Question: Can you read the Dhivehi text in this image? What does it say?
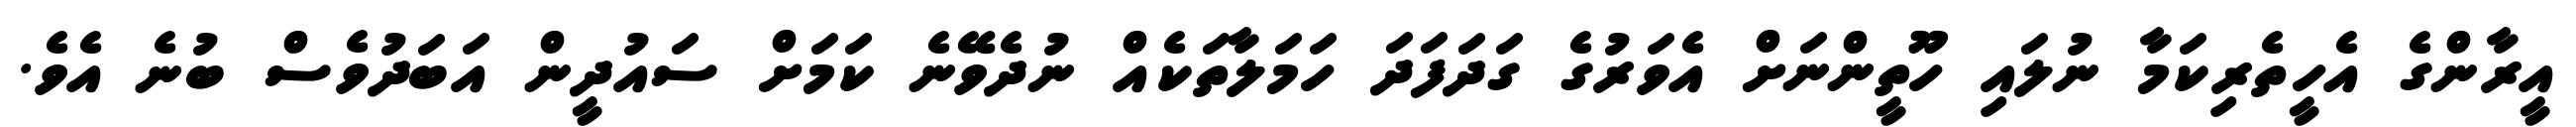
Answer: އީރާންގެ އެހީތެރިކަމާ ނުލައި ހޫތީންނަށް އެވަރުގެ ގަދަފަދަ ހަމަލާތަކެއް ނުދެވޭނެ ކަމަށް ސައުދީން އަބަދުވެސް ބުނެ އެވެ.